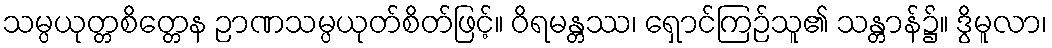
သမ္ပယုတ္တစိတ္တေန ဉာဏသမ္ပယုတ်စိတ်ဖြင့်။ ဝိရမန္တဿ၊ ရှောင်ကြဉ်သူ၏ သန္တာန်၌။ ဒွိမူလာ၊